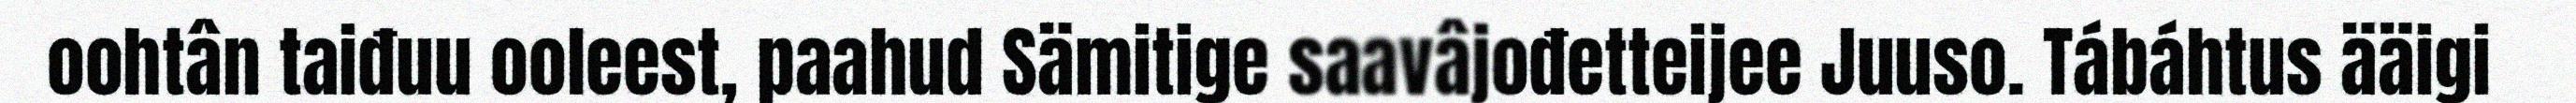
oohtân taiđuu ooleest, paahud Sämitige saavâjođetteijee Juuso. Tábáhtus ääigi